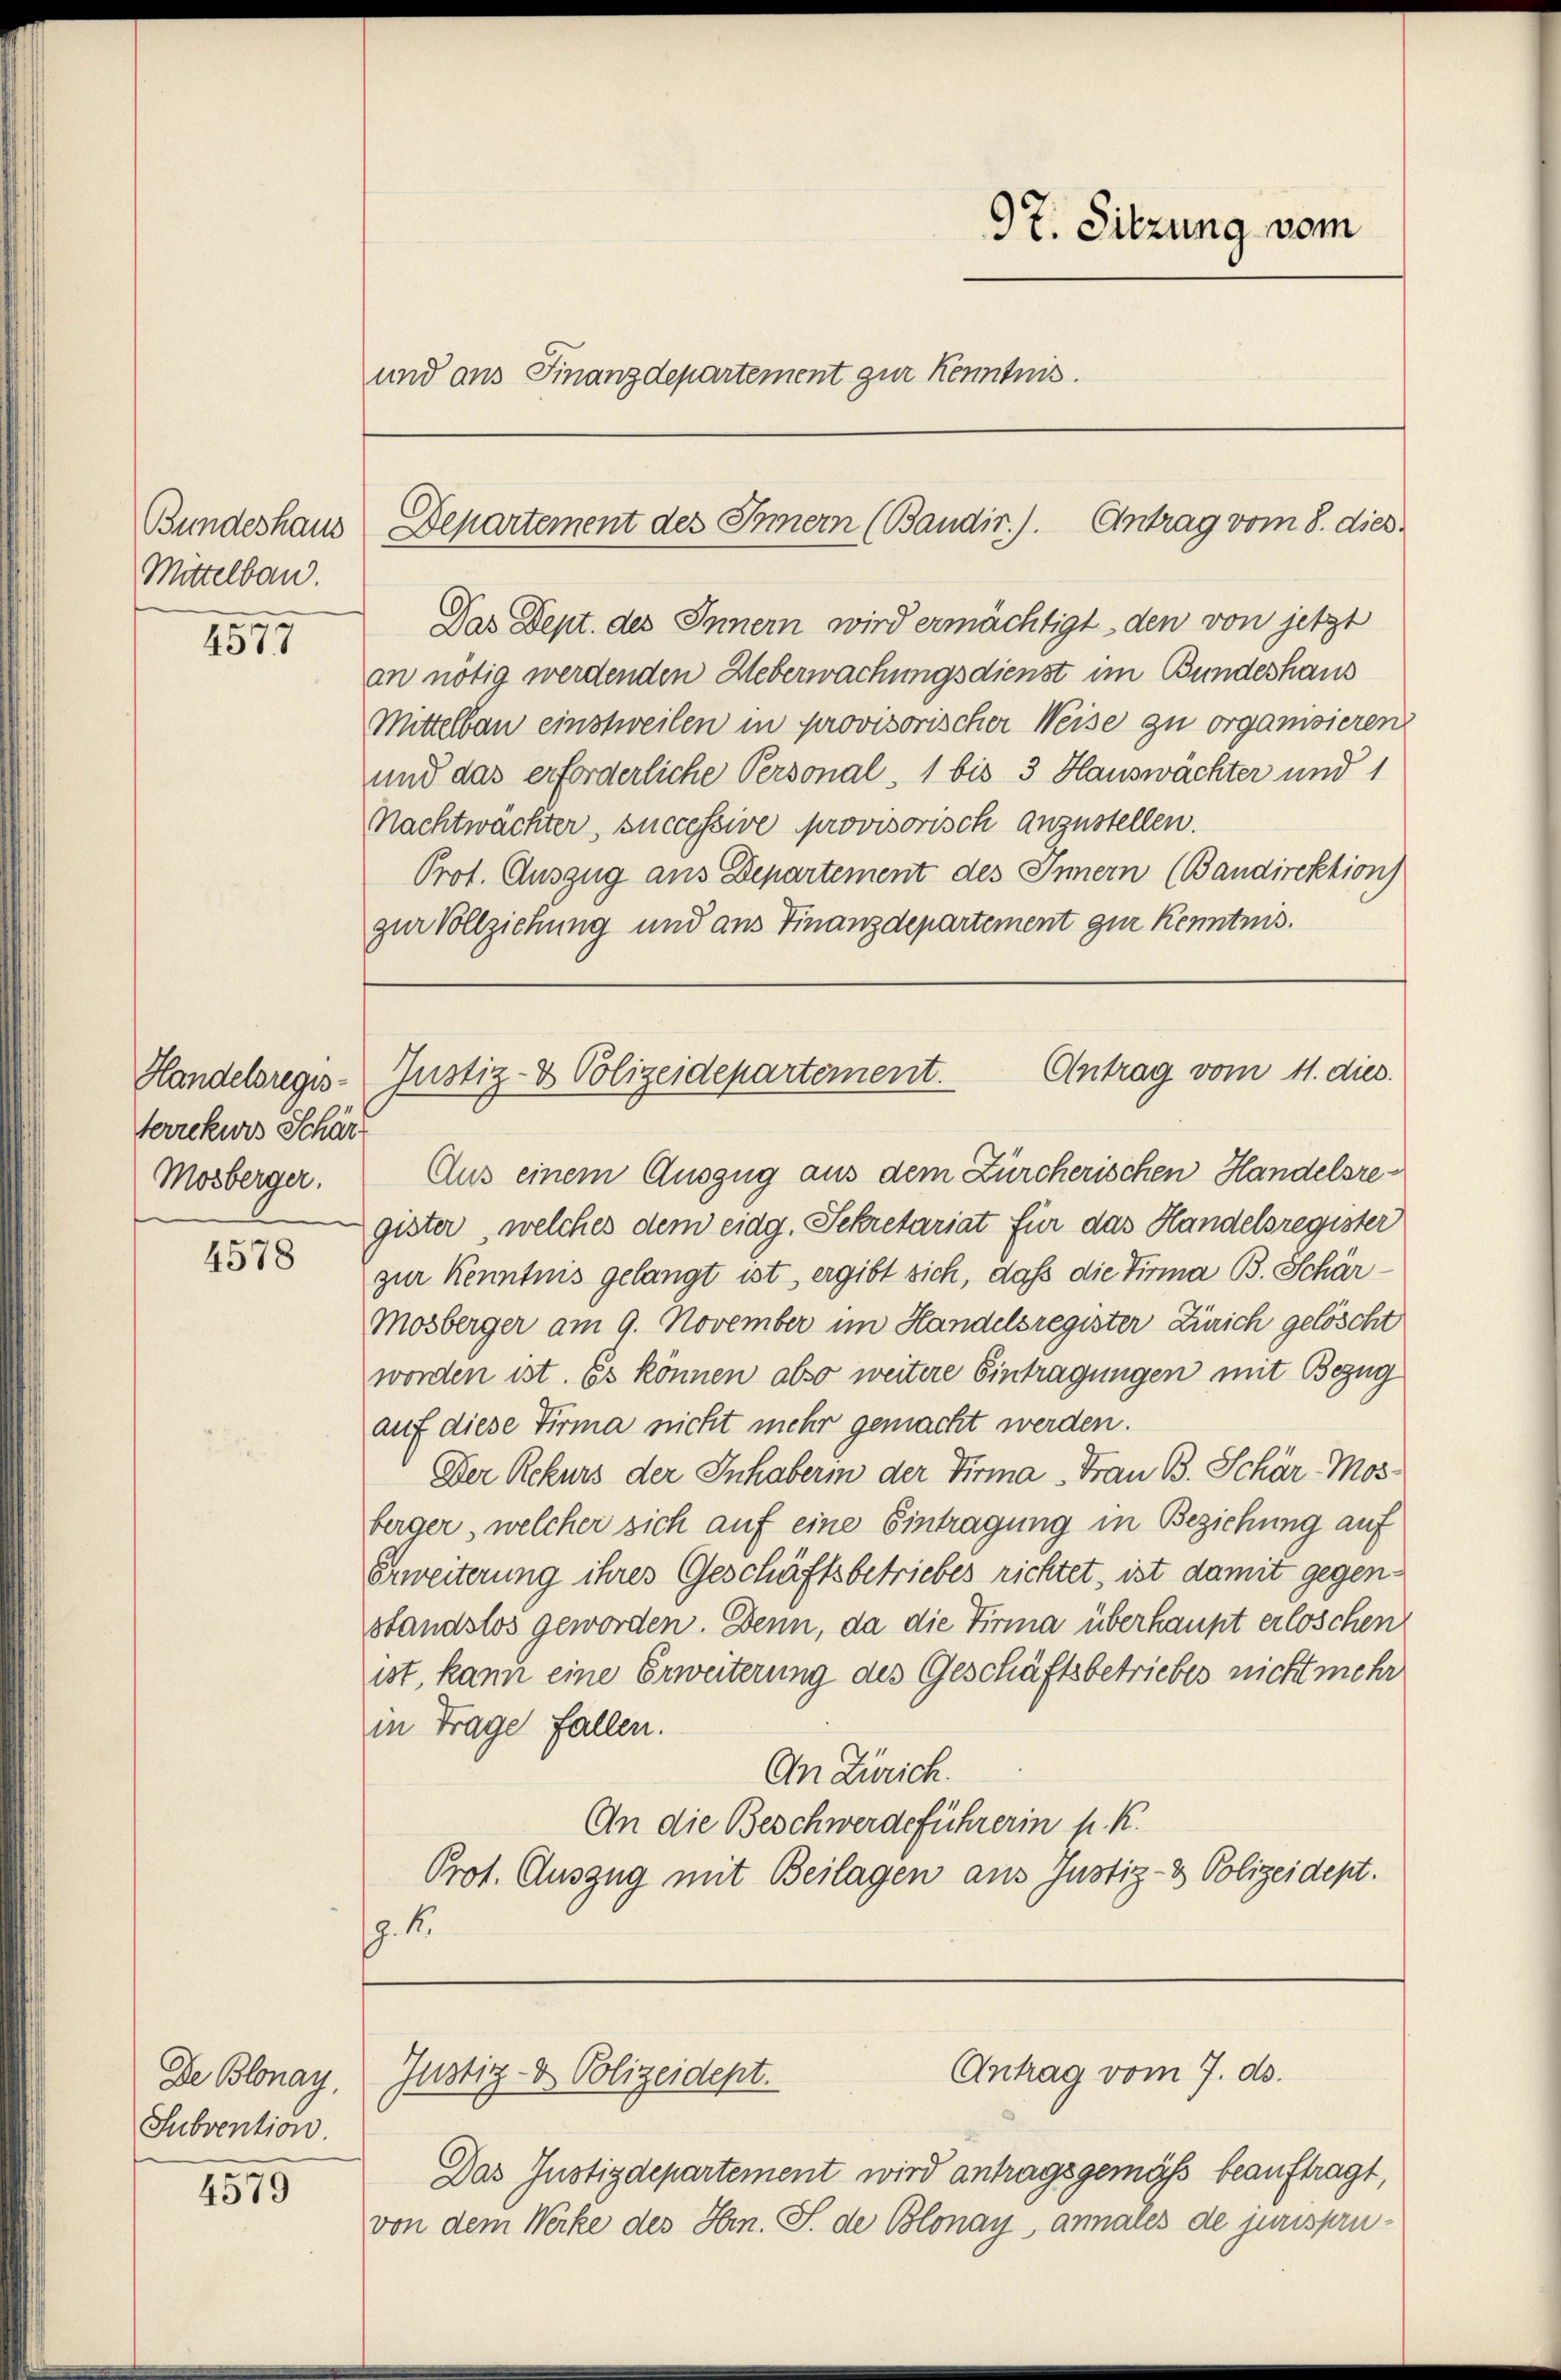
Bundeshaus
Mittelbau.

4577

Handelsregis-
terrekurs Schärt
Mosberger.

4578

De Blonay,
Subvention.

4579

97. Sitzung vom
und aus Finanzdepartement zur Kenntnis.

Departement des Innern (Baudir). Antrag vom 8. dies

Das Dept. des Innern wird ermächtigt, den von jetzt
an nötig werdenden Heberwachungsdienst im Bundeshaus
Mittelbau einstweilen in provisorischer Weise zu organisieren
und das erforderliche Personal, 1 bis 3 Hauswächter und 1
Nachtwachter, successive provisorisch anzustellen.
Prot. Auszug aus Departement des Innern (Bandirektion)
zur Vollziehung und aus Finanzdepartement zur Kenntnis.

Antrag vom 11. dies
Justiz- & Polizeidepartement.

Aus einem Auszug aus dem Zürcherischen Handelsregister, welches dem eidg. Sekretariat für das Handelsregister
zur Kenntnis gelangt ist, ergibt sich, daß die Firma B. Schär¬
Mosberger am 9. November im Handelsregister Zürich gelöscht
worden ist. Es können abso weitere Eintragungen mit Bezug
auf diese Firma nicht mehr gemacht werden.
Der Rekurs der Inhaberin der Firma „Frau B. Schär-Mos
berger, welcher sich auf eine Eintragung in Beziehung auf
Erweiterung ihres Geschäftsbetriebes richtet, ist damit gegenstandslos geworden. Denn, da die Firma überhaupt erloschen
ist, kann eine Erweiterung des Geschäftsbetriebes nicht mehr
in Trage fallen.
An Zürich.
An die Beschwerdeführerin p. K.
Prot. Auszug mit Beilagen aus Justiz- & Polizeidept.
. k.

Antrag vom 7. ds.
Justiz- & Polizeidept.

Das Justizdepartement wird antragsgemäss beauftragt,
von dem Werke des Hrn. S. de Blonay, annales de jurispru¬